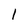
Character: l